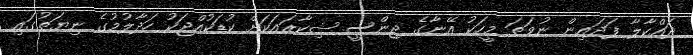
ދައްކާލާ ފަދައިން ނުވަތަ މީހަކު އޭނާގެ ޖިންސީ ޝިކާރައަކަށް ކުޑަކުއްޖަކު ހަދާލުމުގެ ނިޔަތުގައި